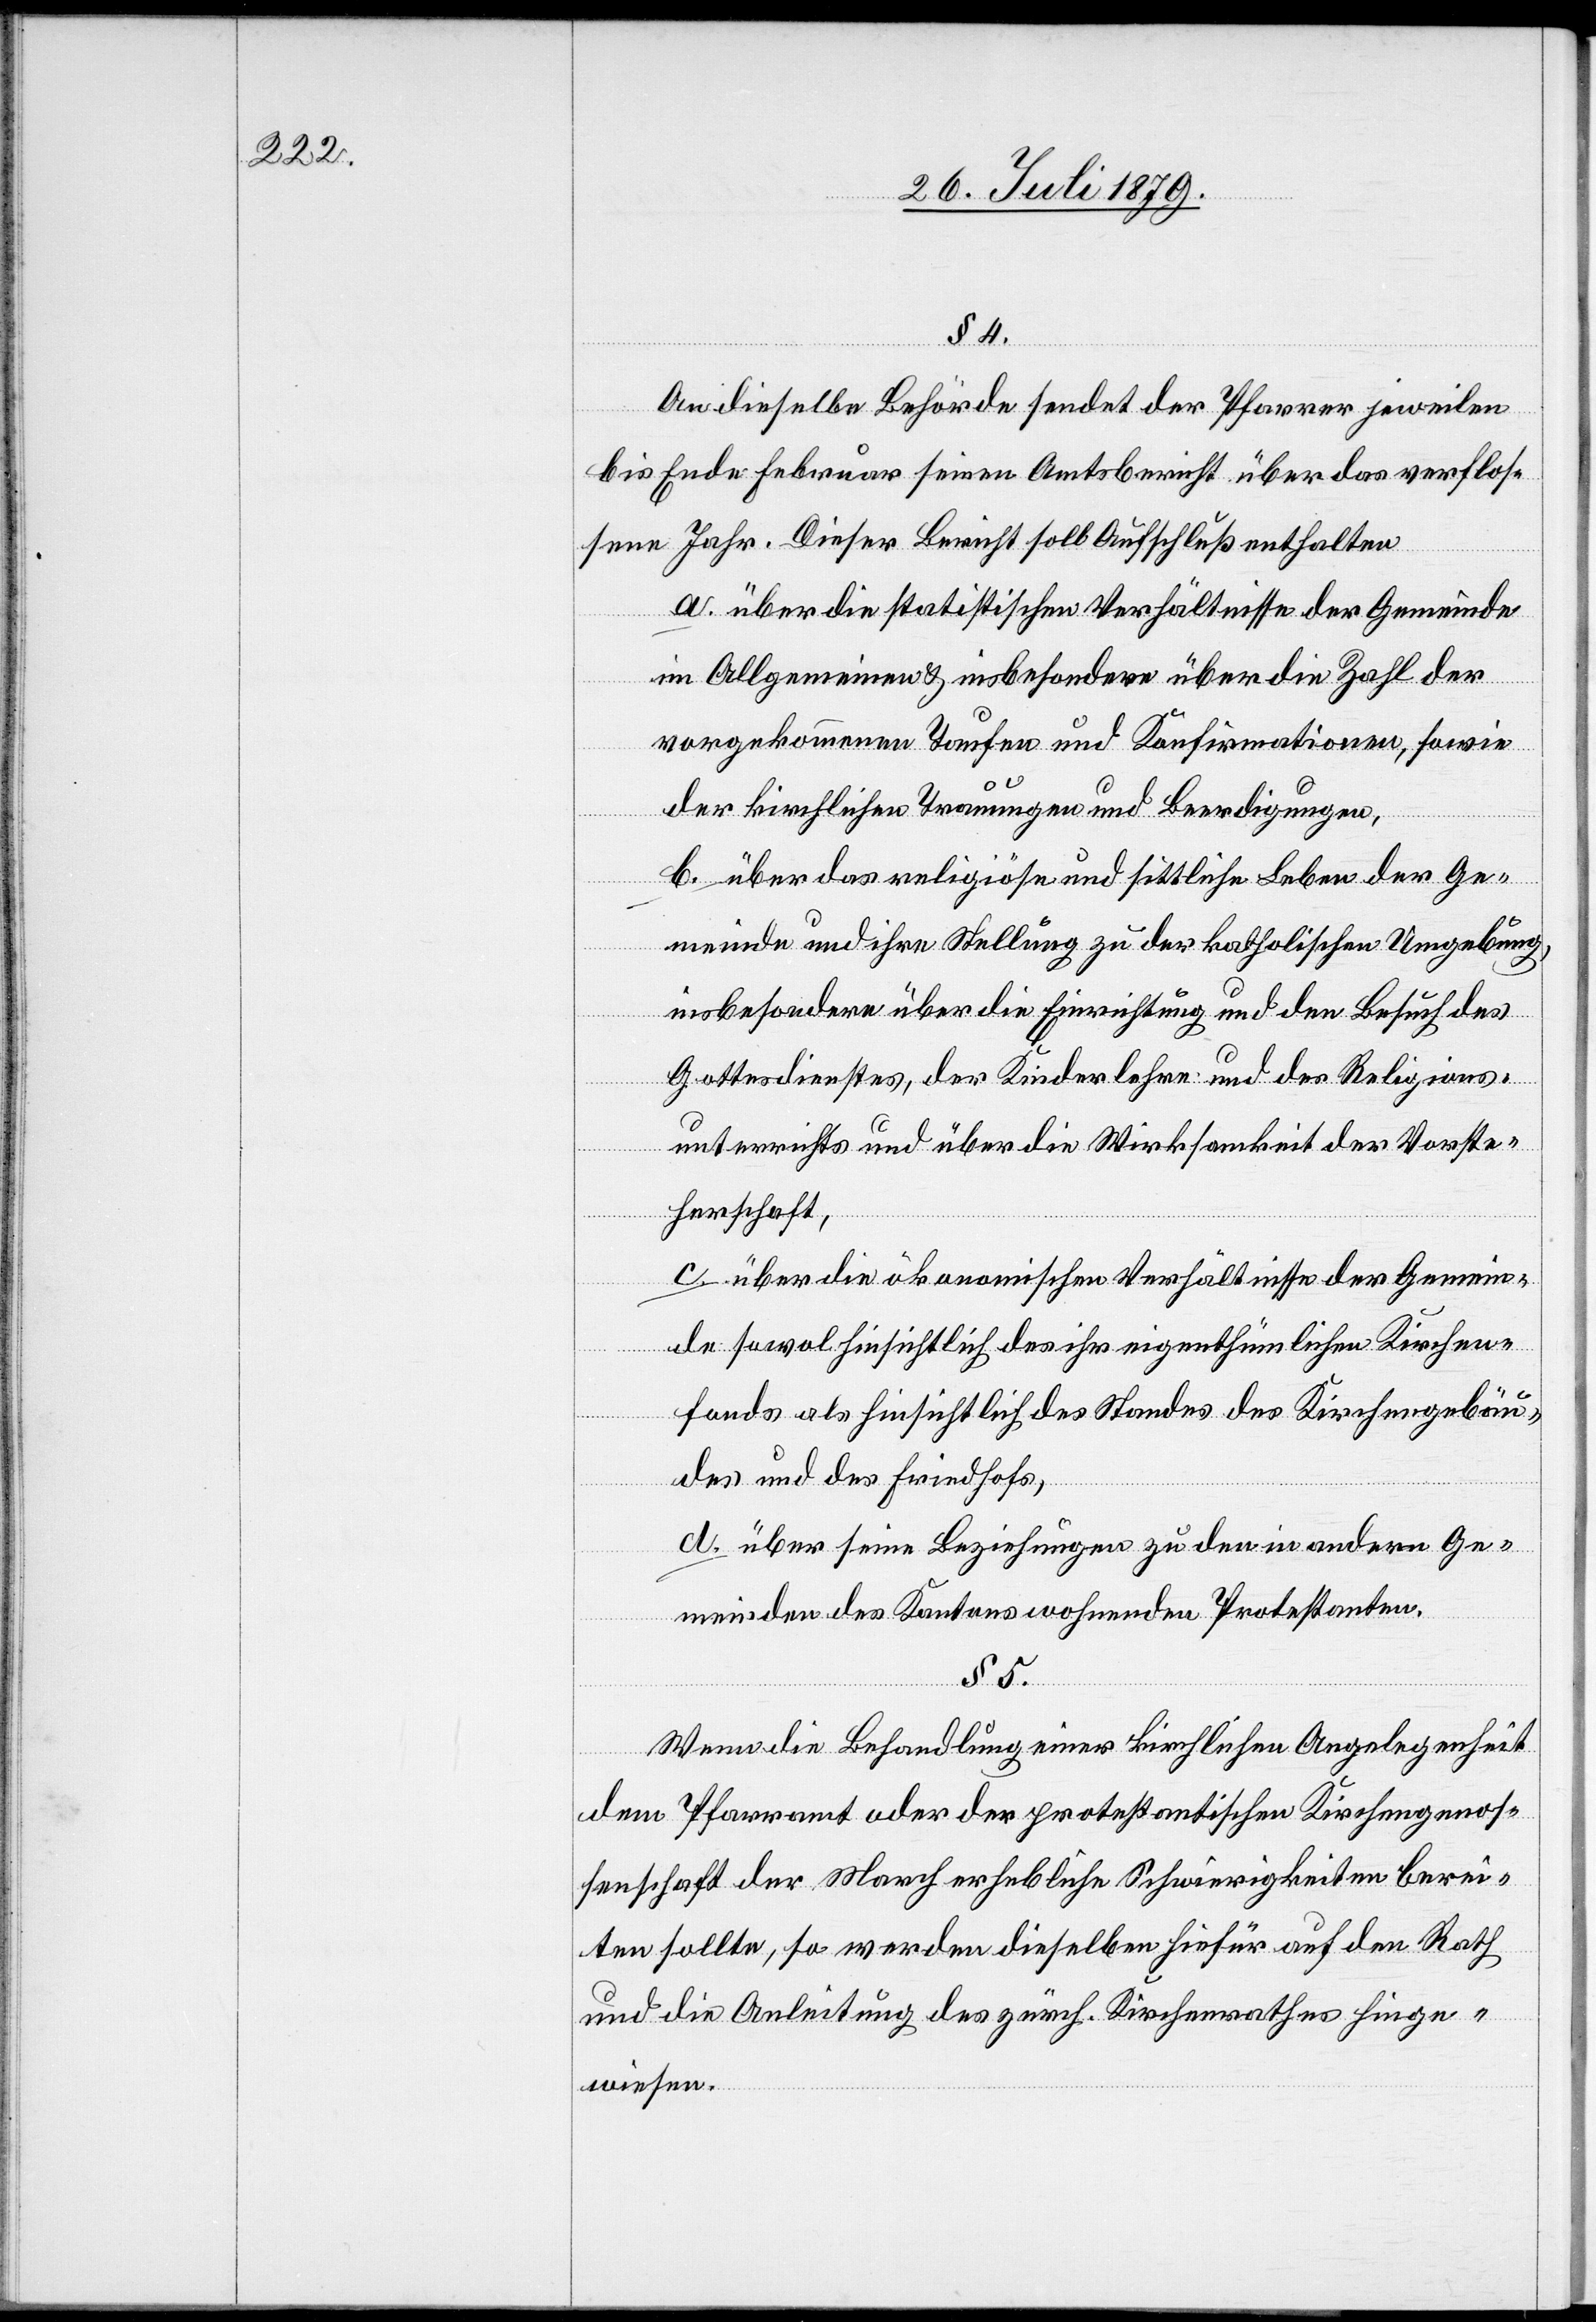
§ 4.
An dieselbe Behörde sendet der Pfarrer jeweilen
bis Ende Februar seinen Amtsbericht über das verflos¬
sene Jahr. Dieser Bericht soll Aufschluß enthalten
a. über die statistischen Verhältnisse der Gemeinde
im Allgemeinen & insbesondere über die Zahl der
vorgekommenen Taufen und Konfirmationen, sowie
der kirchlichen Trauungen und Beerdigungen,
b. über das religiöse und sittliche Leben der Ge¬
meinde und ihre Stellung zu der katholischen Umgebung
insbesondere über die Einrichtung und den Besuch des
Gottesdienstes, der Kinderlehre und des Religions¬
unterrichts und über die Wirksamkeit der Vorste¬
herschaft,
c. über die ökonomischen Verhältnisse der Gemein¬
de sowol hinsichtlich des ihr eigenthümlichen Kirchen¬
fonds als hinsichtlich des Standes des Kirchengebäu¬
des und des Friedhofs,
d. über seine Beziehungen zu den in andern Ge¬
meinden des Kantons wohnenden Protestanten.
§ 5.
Wenn die Behandlung einer kirchlichen Angelegenheit
dem Pfarramt oder der protestantischen Kirchengenos¬
senschaft der March erhebliche Schwierigkeiten berei¬
ten sollte, so werden dieselben hiefür auf den Rath
und die Anleitung des zürch. Kirchenrathes hinge¬
wiesen.